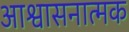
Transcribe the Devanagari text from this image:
आश्वासनात्मक